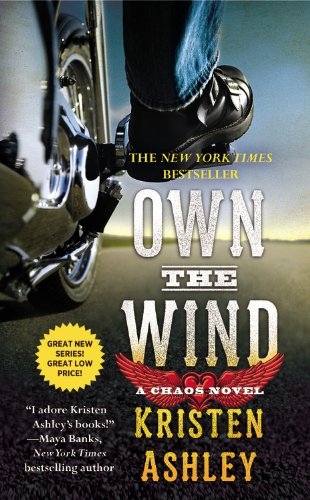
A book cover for Own the Wind: A Chaos Novel; Kristen Ashley; Romance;